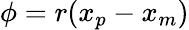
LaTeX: \phi=r(x_{p}-x_{m})